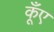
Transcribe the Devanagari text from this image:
कूँए